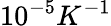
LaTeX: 10^{-5}K^{-1}